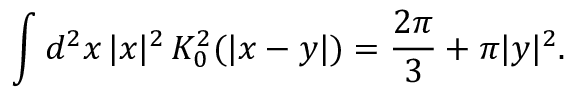
\int d ^ { 2 } x \, | x | ^ { 2 } \, K _ { 0 } ^ { 2 } ( | x - y | ) = \frac { 2 \pi } { 3 } + \pi | y | ^ { 2 } .